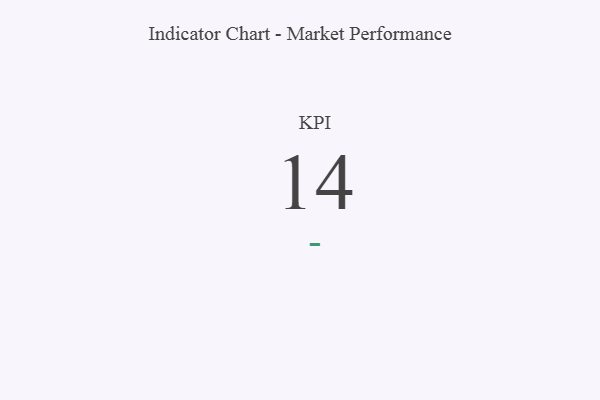
{"axis": {"x": "KPI", "y": "Value"}, "legend": [""], "data": [{"x": "KPI", "y": 14, "type": ""}]}